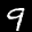
Digit: 9